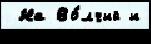
 На Во́лчий и